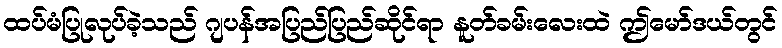
ထပ်မံပြုလုပ်ခဲ့သည် ဂျပန်အပြည်ပြည်ဆိုင်ရာ နူတ်ခမ်းလေးထဲ ဤမော်ဒယ်တွင်